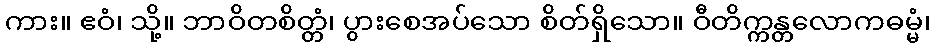
ကား။ ဧဝံ၊ သို့။ ဘာဝိတစိတ္တံ၊ ပွားစေအပ်သော စိတ်ရှိသော။ ဝီတိက္ကန္တလောကဓမ္မံ၊